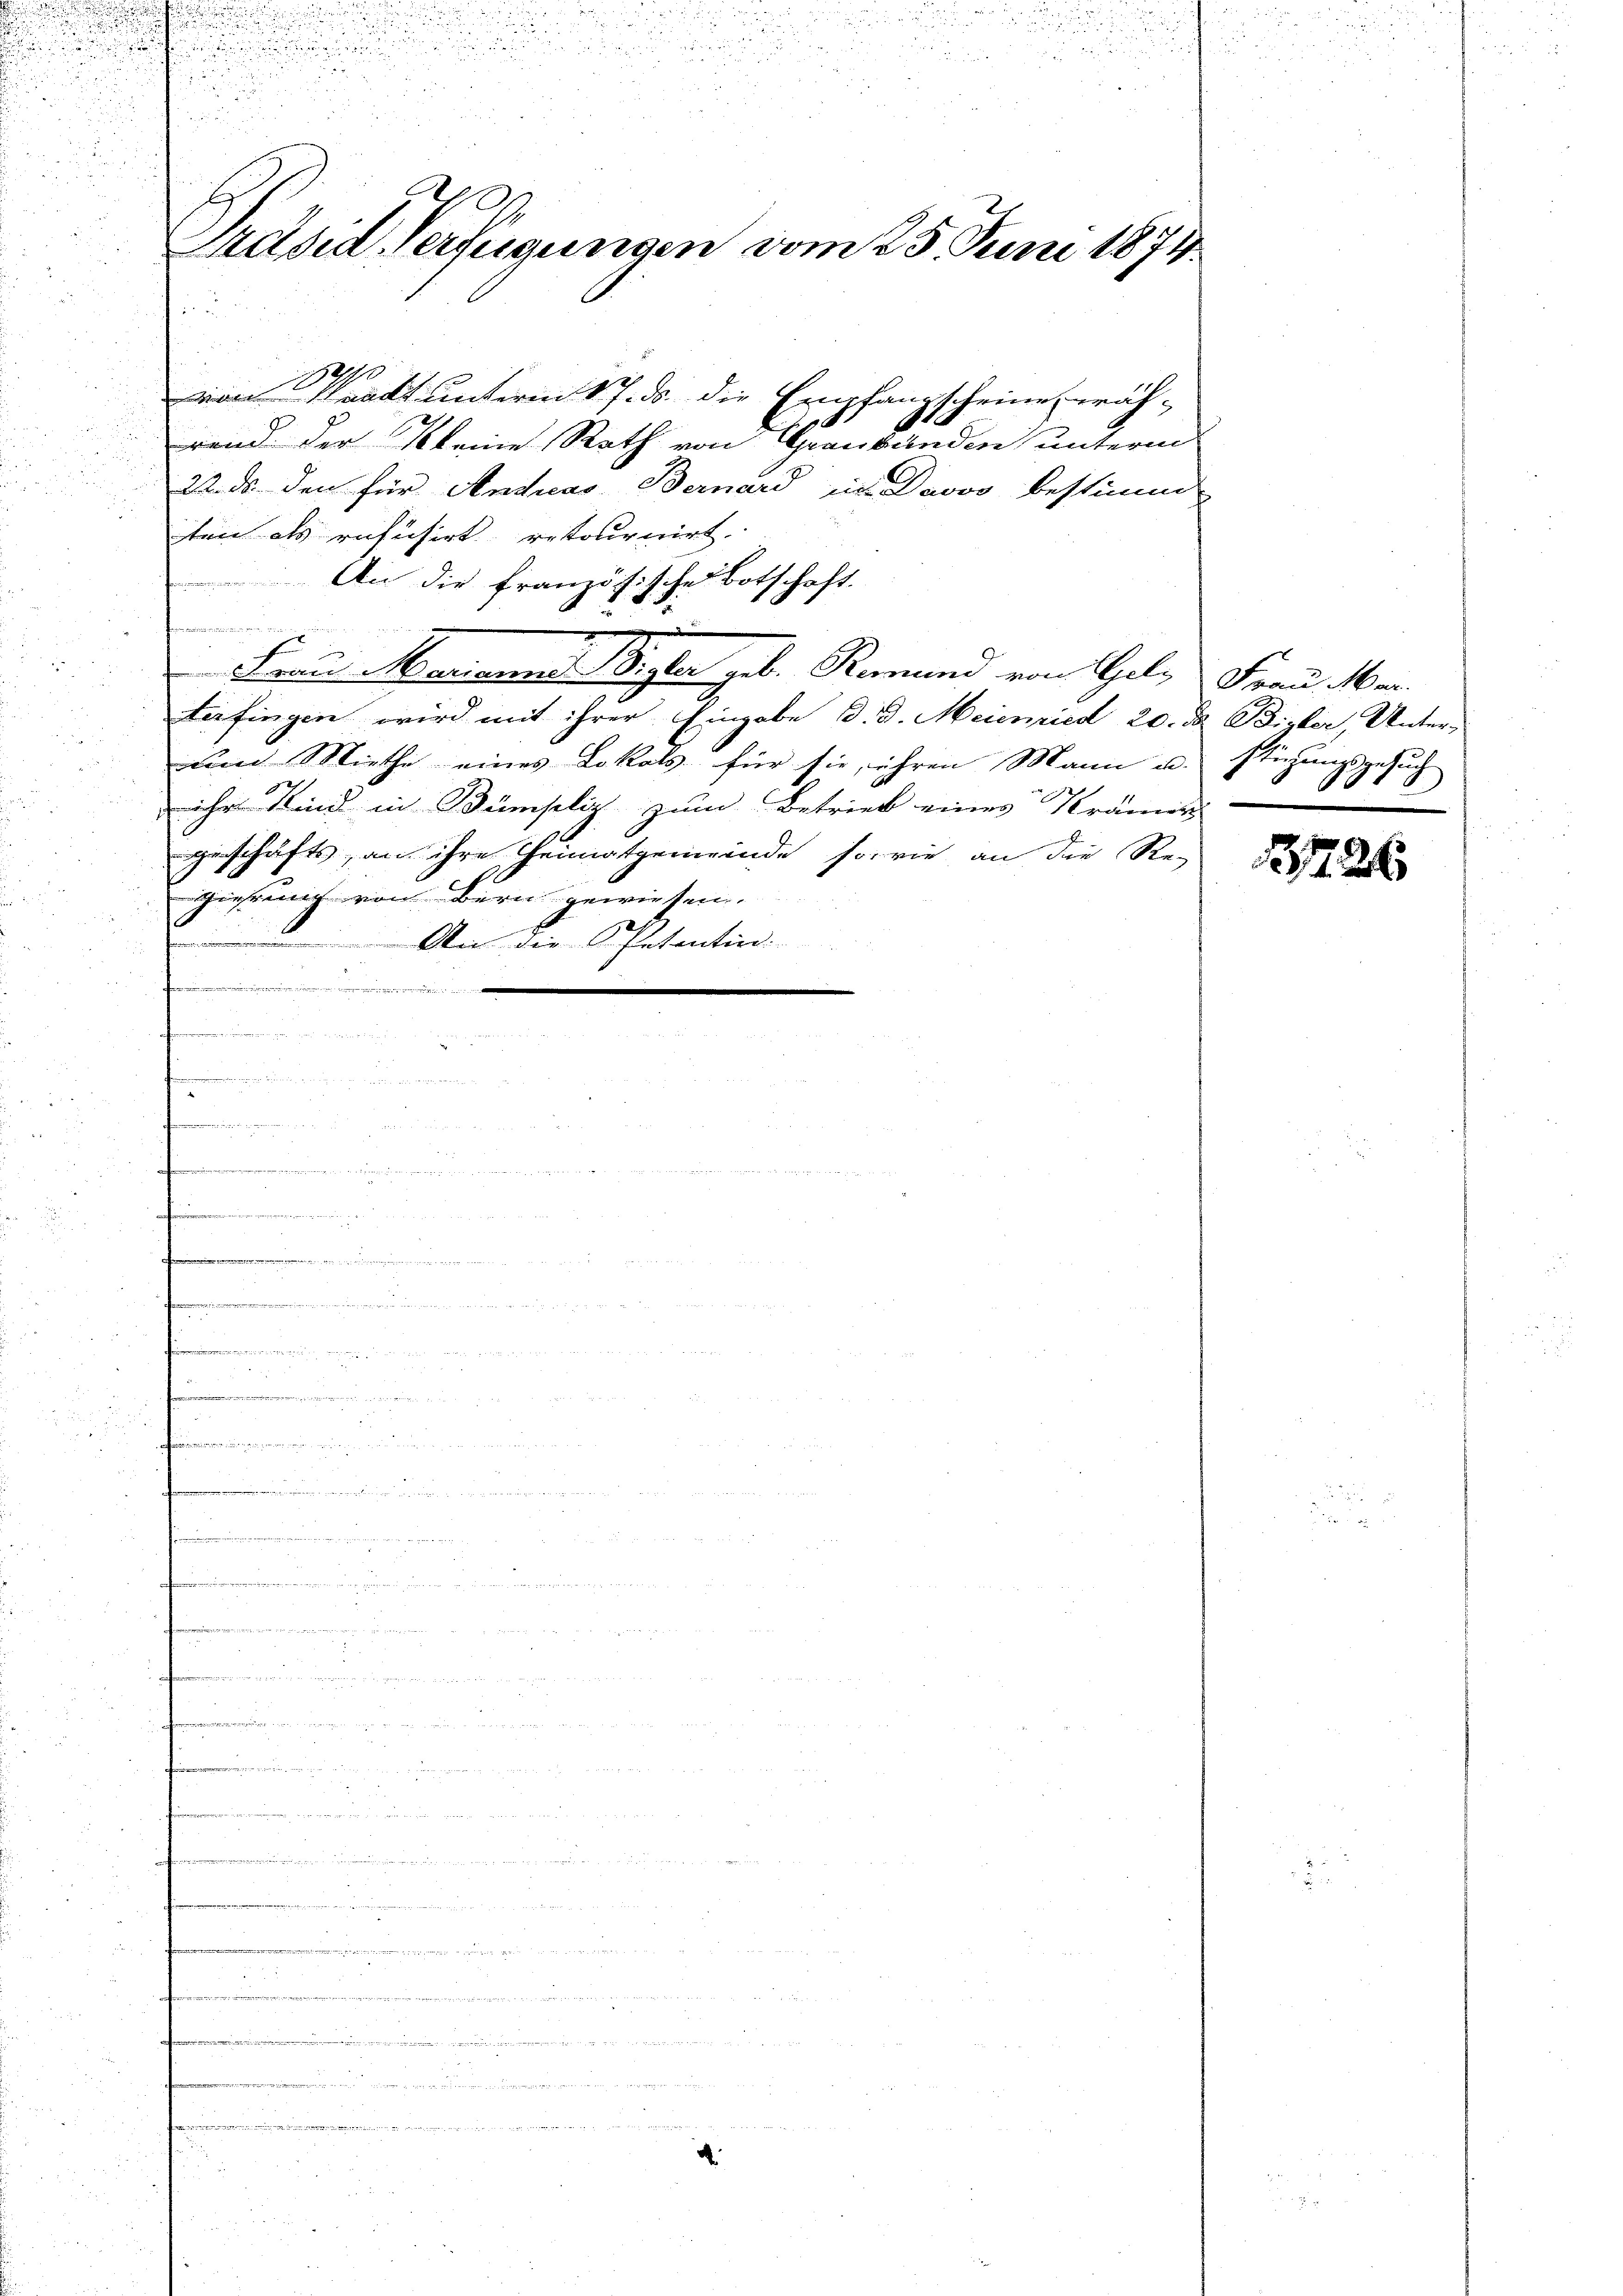
u

g

e

2

s

d

.

  zu den
s

a

255 f 24
e

u
1

E
Präsid. Verfügungen vom 25. Juni 1871.
u

o Waadt unterm 17. ds. die Empfangscheine, wäh-
rend der Kleine Rath von Graubünden unterm
22. ds den für Andreas Bernard in Davos bestimm
ten als refusert, retournirt.
An die französische Botschaft.
d
Frau Mariannes Vigler geb. Remund von Geld Frau Mar
terfingen wird mit ihrer Eingabe d. d. Meienried 20. d. Bizler, Unter-
mund Miethe eines Lokals für sie, ihren Mann u. stirungsgesuch
 ihre Kind in Bumplir zum Betrieb eines Prämis
geschäfts, an ihre Heimatgemeinde sowie an die Re-
unsten von Bern gewiesen.
 An die Petentin
......................
e

gung ein, u. sie auch u. s. in der den seine Armengesammen der
funden

en

e

 gegen der in

g

1916

172